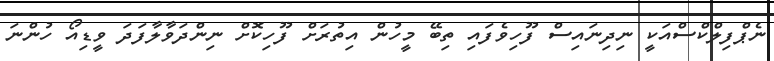
ނެޕްފިލްކްސްއަކީ ނިދިނައިސް ފޫހިވެފައި ތިބޭ މީހުން އިތުރަށް ފޫހިކޮށް ނިންދަވާލާފަދަ ވީޑިއޯ ހުންނަ